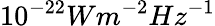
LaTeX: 10^{-22}Wm^{-2}Hz^{-1}